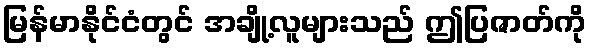
မြန်မာနိုင်ငံတွင် အချို့လူများသည် ဤပြဇာတ်ကို